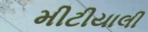
મીટીયાલી